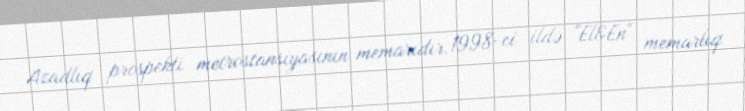
Azadlıq prospekti metrostansiyasının memarıdır.1998-ci ildə "El&En" memarlıq